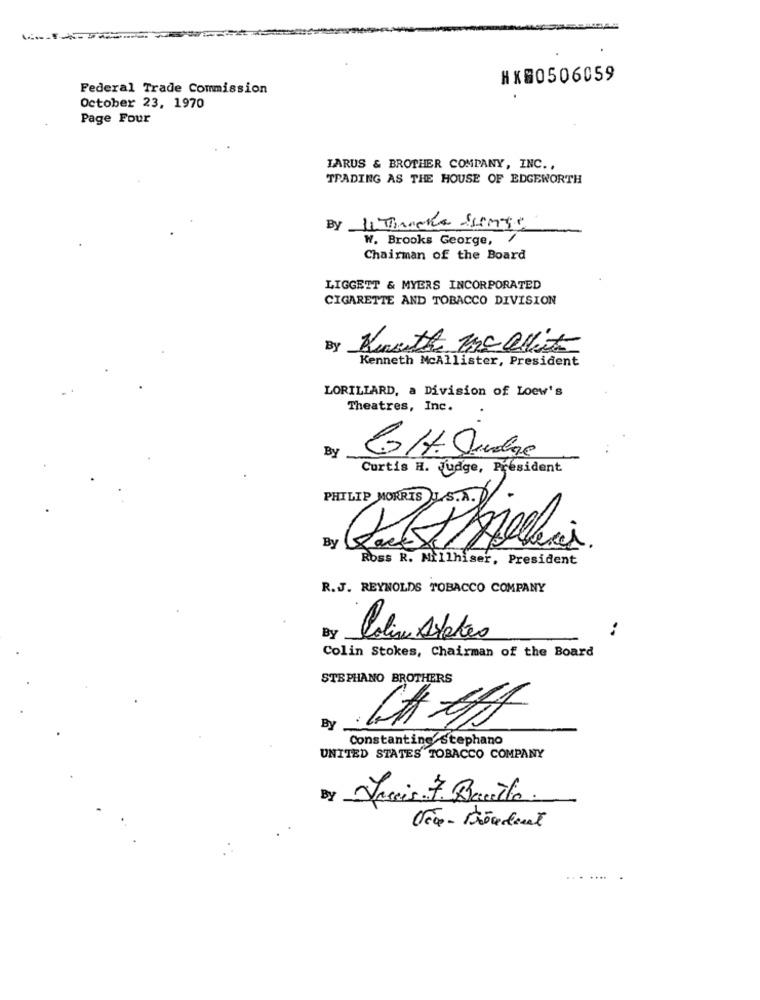
HX80506059
Federal Trade Commission
October 23, 1970
Page Four
LARUS & BROTHER COMPANY, INC .,
TRADING AS THE HOUSE OF EDGEWORTH
By
W. Brooks George,
Chairman of the Board
LIGGETT & MYERS INCORPORATED
CIGARETTE AND TOBACCO DIVISION
By Kuwith Me OVit
Kenneth McAllister, President
LORILLARD, a Division of Loew's
Theatres, Inc.
By
Curtis H. Judge, President
PHILIP MORRIS L.S.A.
By
Ross R. Millhiser, President
R.J. REYNOLDS TOBACCO COMPANY
By
Colin Stokes
Colin Stokes, Chairman of the Board
STEPHANO BROTHERS
By
Constantinestephano
UNITED STATES TOBACCO COMPANY
By Frais 7. Bauthe.
....